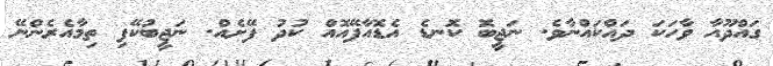
ގައްދޫއާ ވާހަކަ ދައްކައްނާވެ. ނަޖީބޮ ކޮނޑެ އެޑޮއާފޭއޮއް ކުދު ފޭށެއް. ނަޖީބުކޭފި ތިމާއެރެންނޭ